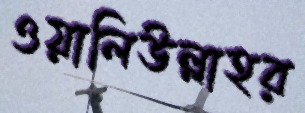
ওয়ালিউল্লাহর